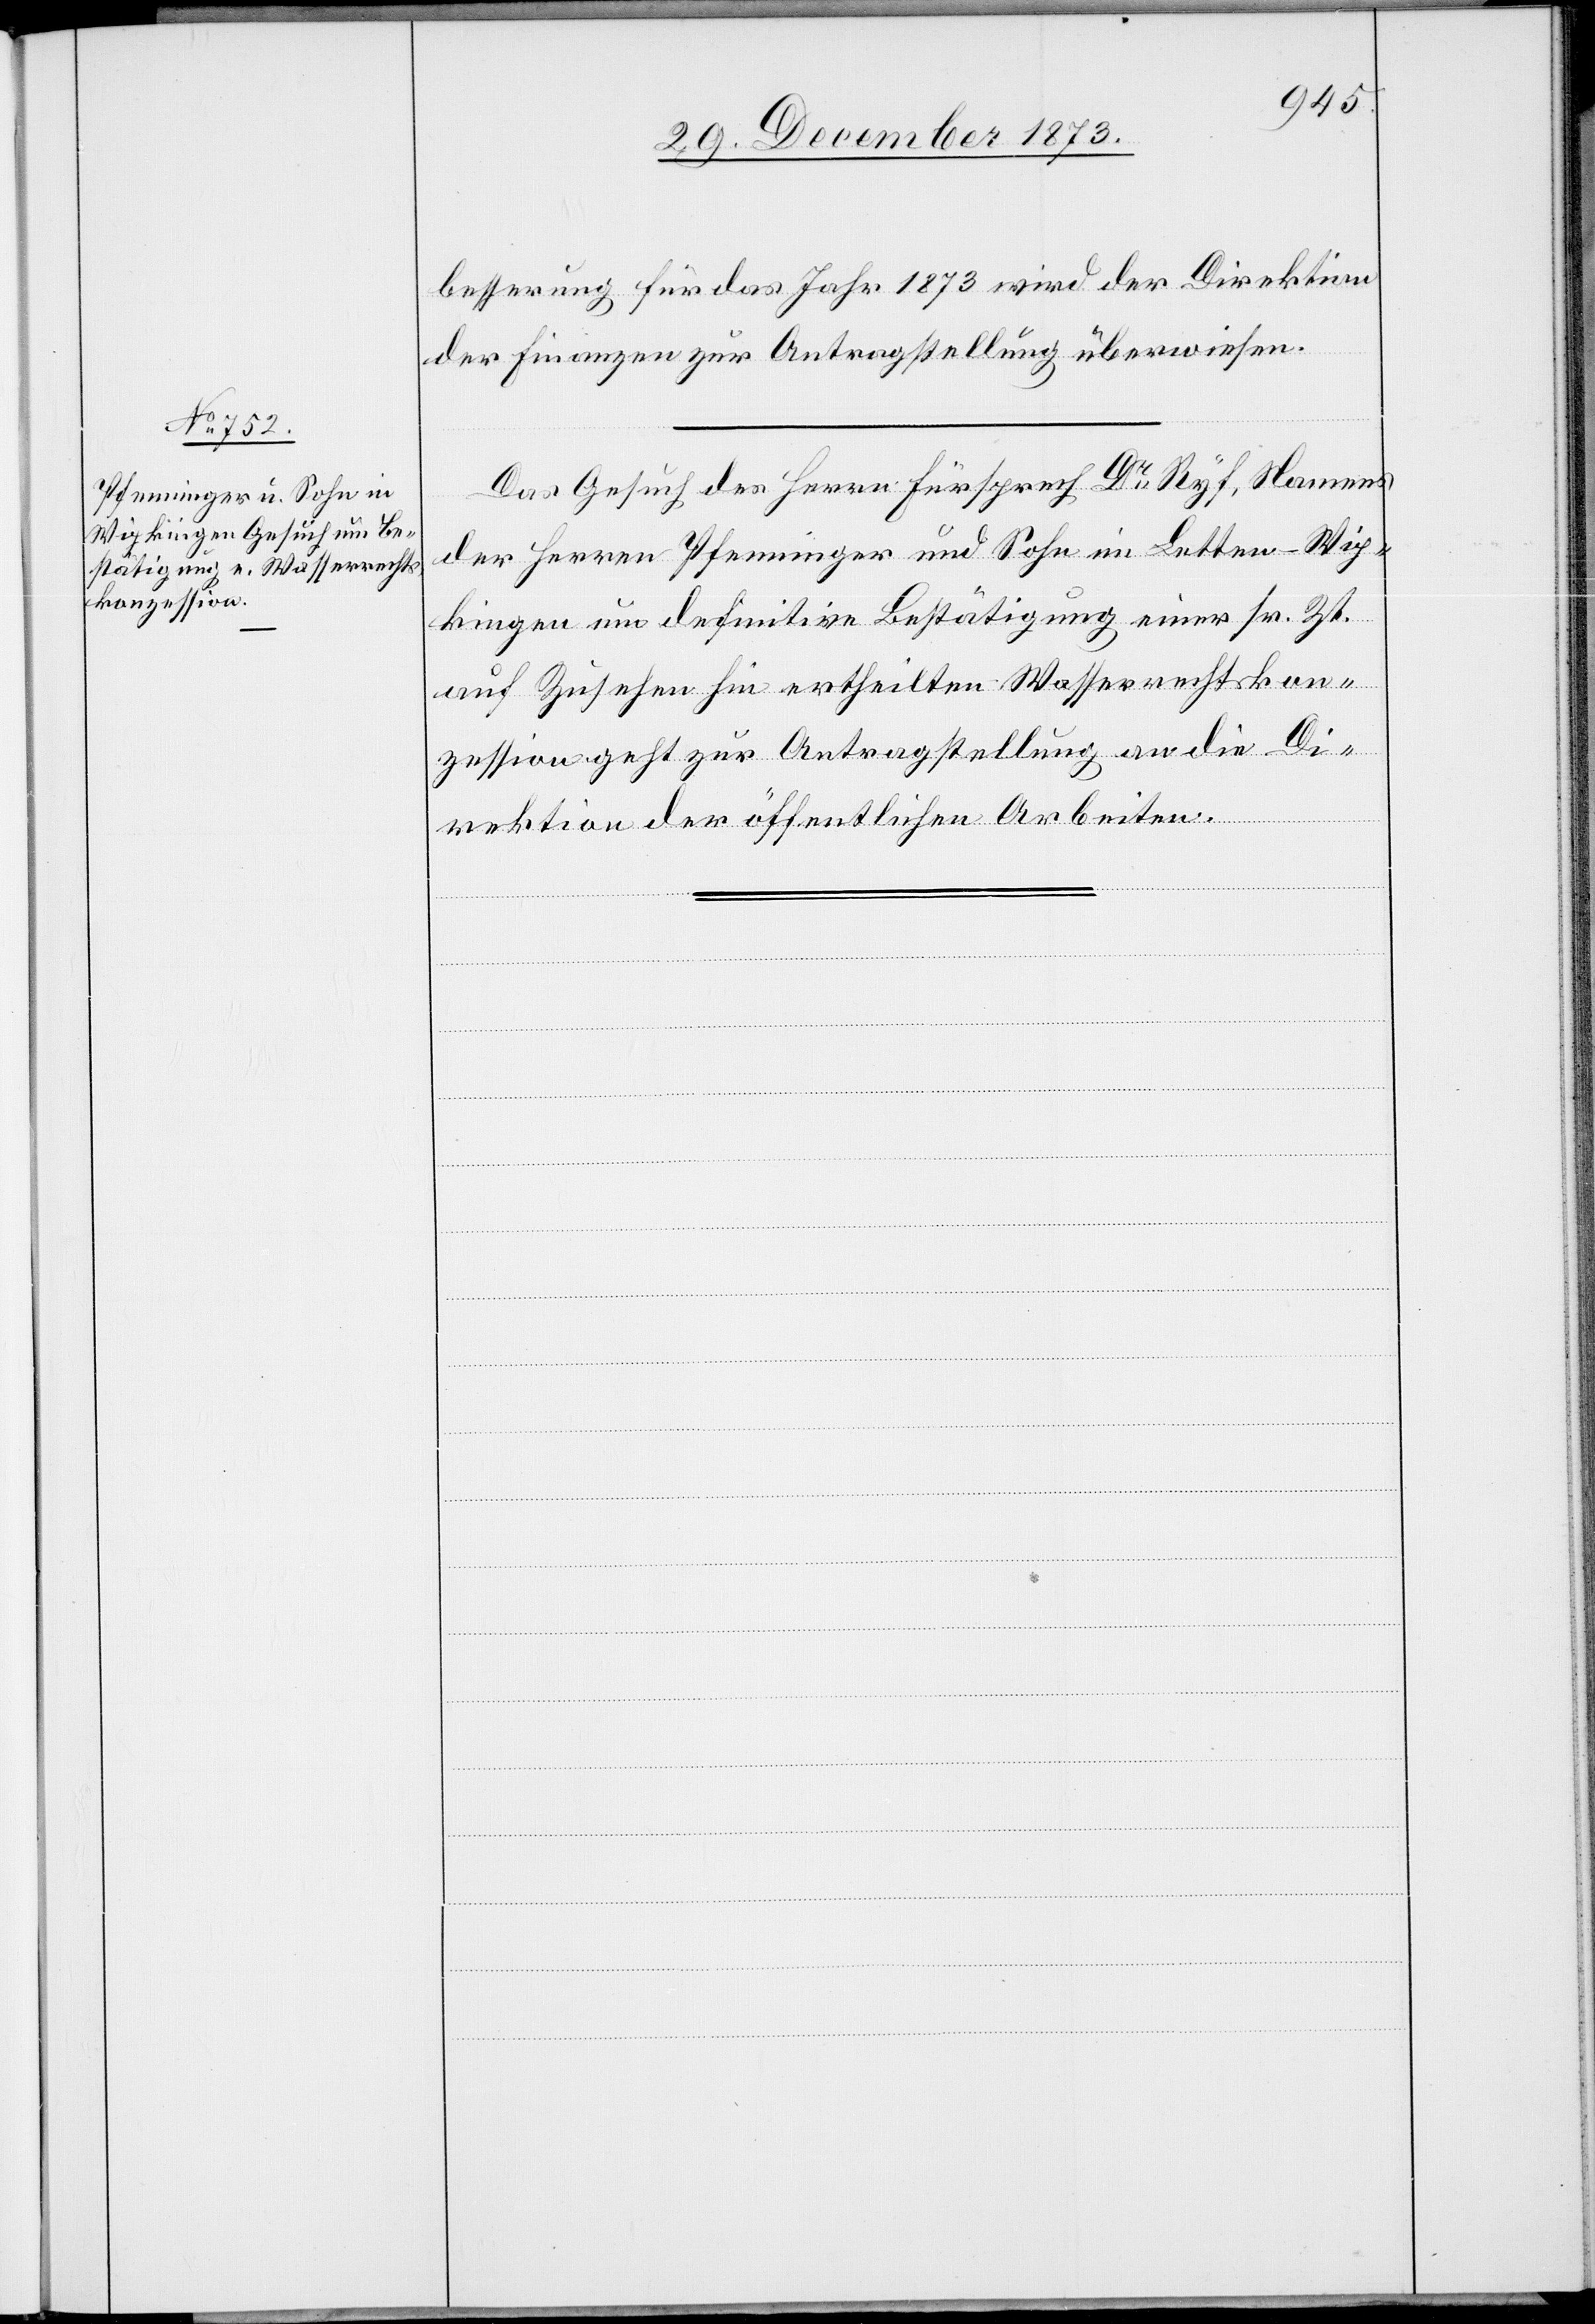
9. Januar 1874.]
besserung für das Jahr 1873 wird der Direktion
der Finanzen zur Antragstellung überwiesen.
Das Gesuch des Herrn Fürsprech Dr Ryf, Namens
der Herren Pfenninger und Sohn im Letten - Wip¬
kingen um definitive Bestätigung einer sr. Zt.
auf Zusehen hin ertheilten Wasserrechtskon¬
zession geht zur Antragstellung an die Di¬
rektion der öffentlichen Arbeiten.